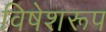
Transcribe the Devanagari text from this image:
विषेशरूप